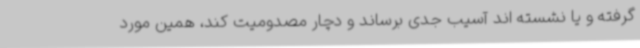
گرفته و یا نشسته اند آسیب جدی برساند و دچار مصدومیت کند، همین مورد